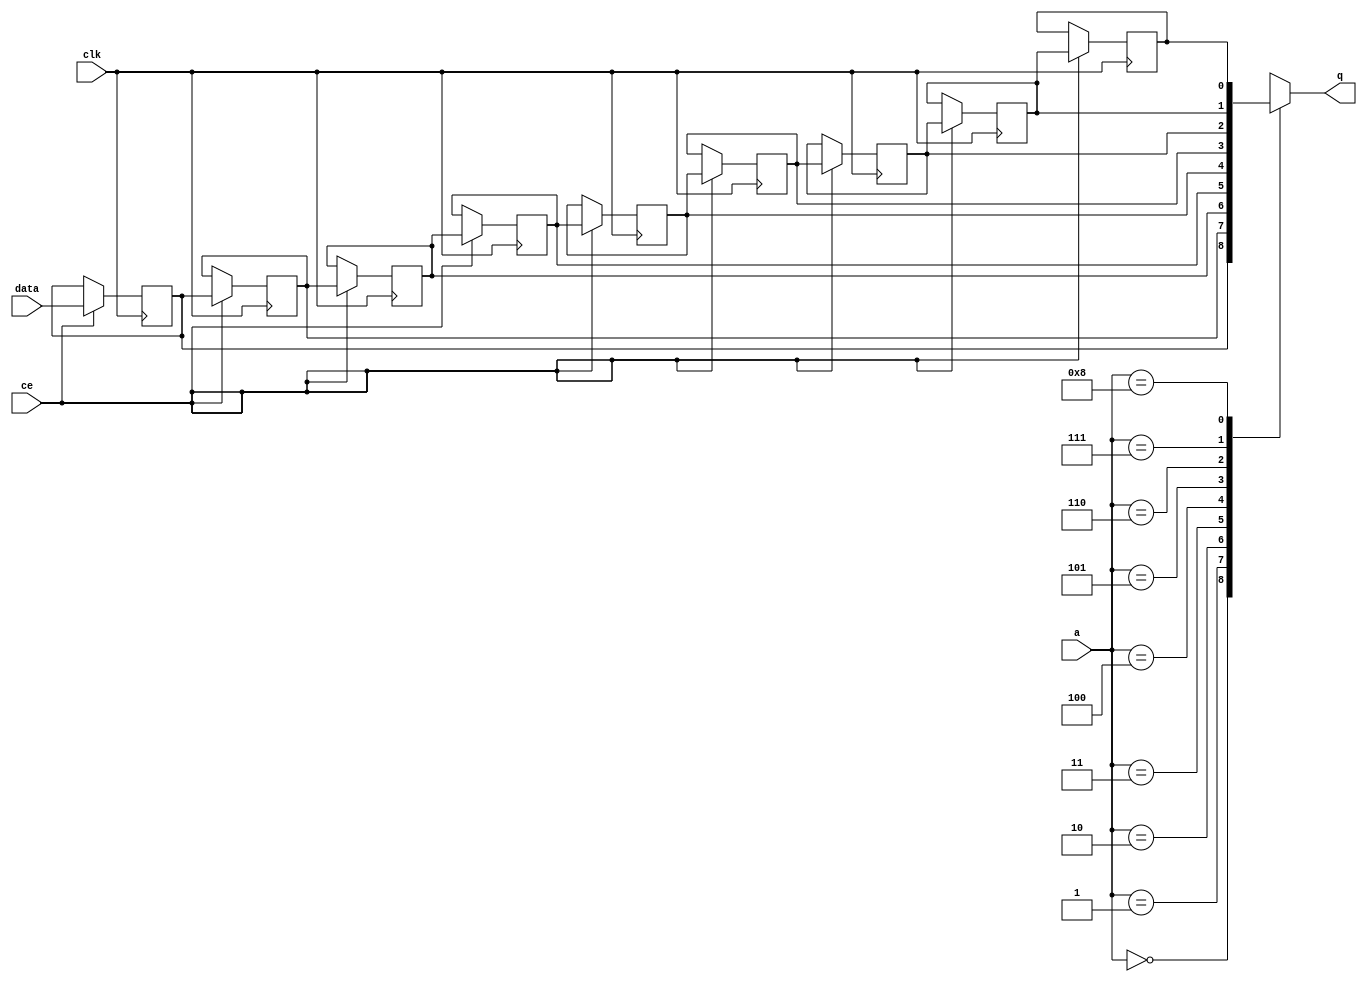
// ==============================================================
// Vitis HLS - High-Level Synthesis from C, C++ and OpenCL v2020.2 (64-bit)
// Copyright 1986-2020 Xilinx, Inc. All Rights Reserved.
// ==============================================================

`timescale 1 ns / 1 ps

module optical_flow_start_for_write_outputs_U0_shiftReg (
    clk,
    data,
    ce,
    a,
    q);

parameter DATA_WIDTH = 32'd1;
parameter ADDR_WIDTH = 32'd4;
parameter DEPTH = 5'd9;

input clk;
input [DATA_WIDTH-1:0] data;
input ce;
input [ADDR_WIDTH-1:0] a;
output [DATA_WIDTH-1:0] q;

reg[DATA_WIDTH-1:0] SRL_SIG [0:DEPTH-1];
integer i;

always @ (posedge clk)
    begin
        if (ce)
        begin
            for (i=0;i<DEPTH-1;i=i+1)
                SRL_SIG[i+1] <= SRL_SIG[i];
            SRL_SIG[0] <= data;
        end
    end

assign q = SRL_SIG[a];

endmodule

module optical_flow_start_for_write_outputs_U0 (
    clk,
    reset,
    if_empty_n,
    if_read_ce,
    if_read,
    if_dout,
    if_full_n,
    if_write_ce,
    if_write,
    if_din);

parameter MEM_STYLE   = "shiftreg";
parameter DATA_WIDTH  = 32'd1;
parameter ADDR_WIDTH  = 32'd4;
parameter DEPTH       = 5'd9;

input clk;
input reset;
output if_empty_n;
input if_read_ce;
input if_read;
output[DATA_WIDTH - 1:0] if_dout;
output if_full_n;
input if_write_ce;
input if_write;
input[DATA_WIDTH - 1:0] if_din;

wire[ADDR_WIDTH - 1:0] shiftReg_addr ;
wire[DATA_WIDTH - 1:0] shiftReg_data, shiftReg_q;
wire                     shiftReg_ce;
reg[ADDR_WIDTH:0] mOutPtr = ~{(ADDR_WIDTH+1){1'b0}};
reg internal_empty_n = 0;
reg internal_full_n = 1;

assign if_full_n = internal_full_n;
assign if_empty_n = internal_empty_n;
assign shiftReg_data = if_din;
assign if_dout = shiftReg_q;

always @ (posedge clk) begin
    if (reset == 1'b1)
    begin
        mOutPtr <= ~{ADDR_WIDTH+1{1'b0}};
        internal_empty_n <= 1'b0;
        internal_full_n <= 1'b1;
    end
    else begin
        if (((if_read & if_read_ce) == 1 & internal_empty_n == 1) && 
            ((if_write & if_write_ce) == 0 | internal_full_n == 0))
        begin
            mOutPtr <= mOutPtr - 5'd1;
            if (mOutPtr == 5'd0)
                internal_empty_n <= 1'b0;
            internal_full_n <= 1'b1;
        end 
        else if (((if_read & if_read_ce) == 0 | internal_empty_n == 0) && 
            ((if_write & if_write_ce) == 1 & internal_full_n == 1))
        begin
            mOutPtr <= mOutPtr + 5'd1;
            internal_empty_n <= 1'b1;
            if (mOutPtr == DEPTH - 5'd2)
                internal_full_n <= 1'b0;
        end 
    end
end

assign shiftReg_addr = mOutPtr[ADDR_WIDTH] == 1'b0 ? mOutPtr[ADDR_WIDTH-1:0]:{ADDR_WIDTH{1'b0}};
assign shiftReg_ce = (if_write & if_write_ce) & internal_full_n;

optical_flow_start_for_write_outputs_U0_shiftReg 
#(
    .DATA_WIDTH(DATA_WIDTH),
    .ADDR_WIDTH(ADDR_WIDTH),
    .DEPTH(DEPTH))
U_optical_flow_start_for_write_outputs_U0_ram (
    .clk(clk),
    .data(shiftReg_data),
    .ce(shiftReg_ce),
    .a(shiftReg_addr),
    .q(shiftReg_q));

endmodule